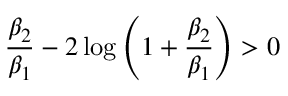
\frac { \beta _ { 2 } } { \beta _ { 1 } } - 2 \log { \left( 1 + \frac { \beta _ { 2 } } { \beta _ { 1 } } \right) } > 0